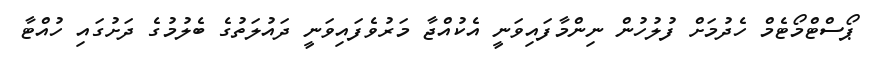
ޕޯސްޓްމޯޓެމް ހެދުމަށް ފުލުހުން ނިންމާފައިވަނީ އެކުއްޖާ މަރުވެފައިވަނީ ދައުލަތުގެ ބެލުމުގެ ދަށުގައި ހުއްޓާ